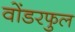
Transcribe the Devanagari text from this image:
वोंडरफुल